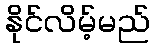
နိုင်လိမ့်မည်